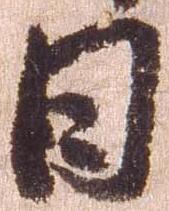
日